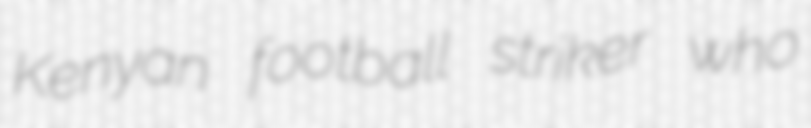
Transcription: Kenyan football striker who